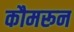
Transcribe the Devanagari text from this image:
कौमरून